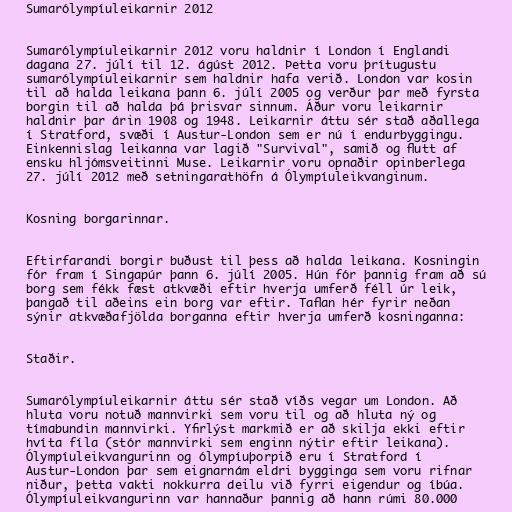
Sumarólympíuleikarnir 2012

Sumarólympíuleikarnir 2012 voru haldnir í London í Englandi
dagana 27. júlí til 12. ágúst 2012. Þetta voru þrítugustu
sumarólympíuleikarnir sem haldnir hafa verið. London var kosin
til að halda leikana þann 6. júlí 2005 og verður þar með fyrsta
borgin til að halda þá þrisvar sinnum. Áður voru leikarnir
haldnir þar árin 1908 og 1948. Leikarnir áttu sér stað aðallega
í Stratford, svæði í Austur-London sem er nú í endurbyggingu.
Einkennislag leikanna var lagið "Survival", samið og flutt af
ensku hljómsveitinni Muse. Leikarnir voru opnaðir opinberlega
27. júlí 2012 með setningarathöfn á Ólympíuleikvanginum.

Kosning borgarinnar.

Eftirfarandi borgir buðust til þess að halda leikana. Kosningin
fór fram í Singapúr þann 6. júlí 2005. Hún fór þannig fram að sú
borg sem fékk fæst atkvæði eftir hverja umferð féll úr leik,
þangað til aðeins ein borg var eftir. Taflan hér fyrir neðan
sýnir atkvæðafjölda borganna eftir hverja umferð kosninganna:

Staðir.

Sumarólympíuleikarnir áttu sér stað víðs vegar um London. Að
hluta voru notuð mannvirki sem voru til og að hluta ný og
tímabundin mannvirki. Yfirlýst markmið er að skilja ekki eftir
hvíta fíla (stór mannvirki sem enginn nýtir eftir leikana).
Ólympíuleikvangurinn og ólympíuþorpið eru í Stratford í
Austur-London þar sem eignarnám eldri bygginga sem voru rifnar
niður, þetta vakti nokkurra deilu við fyrri eigendur og íbúa.
Ólympíuleikvangurinn var hannaður þannig að hann rúmi 80.000